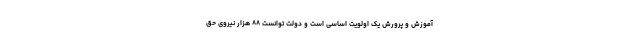
آموزش و پرورش یک اولویت اساسی است و دولت توانست ۸۸ هزار نیروی حق